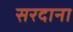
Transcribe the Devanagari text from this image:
सरदाना